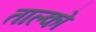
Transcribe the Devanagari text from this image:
ताल्को